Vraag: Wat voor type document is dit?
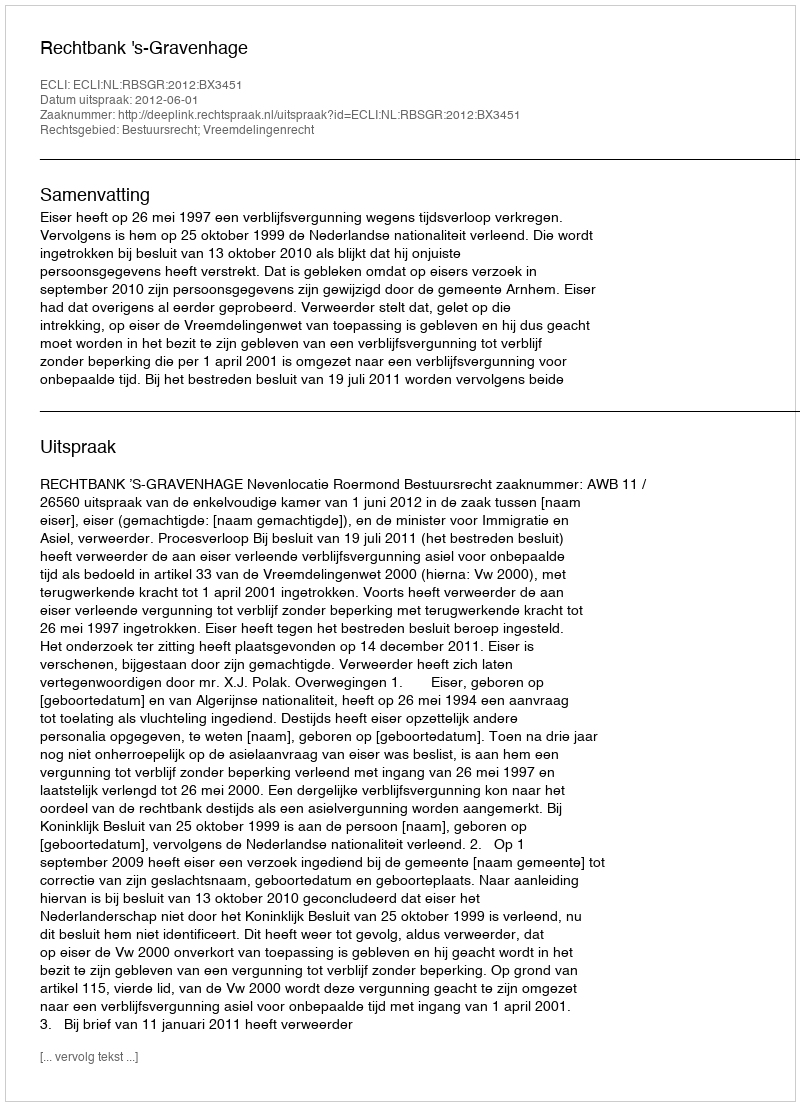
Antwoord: Uitspraak